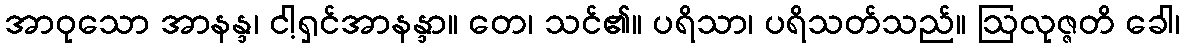
အာဝုသော အာနန္ဒ၊ ငါ့ရှင်အာနန္ဒာ။ တေ၊ သင်၏။ ပရိသာ၊ ပရိသတ်သည်။ ဩလုဇ္ဇတိ ခေါ၊